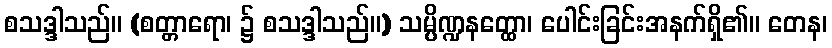
စသဒ္ဒါသည်။ (စတ္တာရော၊ ၌ စသဒ္ဒါသည်။) သမ္ပိဏ္ဍနတ္ထော၊ ပေါင်းခြင်းအနက်ရှိ၏။ တေန၊